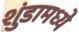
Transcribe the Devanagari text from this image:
शुंडामध्ये